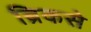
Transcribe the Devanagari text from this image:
ब्रिकसे